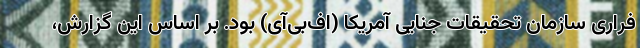
فراری سازمان تحقیقات جنایی آمریکا (اف‌بی‌آی) بود. بر اساس این گزارش،